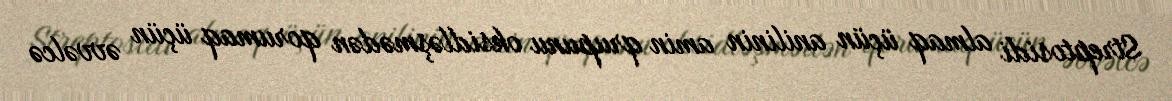
Streptosidi almaq üçün anilinin amin qrupunu oksidləşmədən qorumaq üçün əvvəlcə